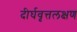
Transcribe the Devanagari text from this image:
दीर्घवृत्तलक्षण